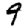
Digit: 9